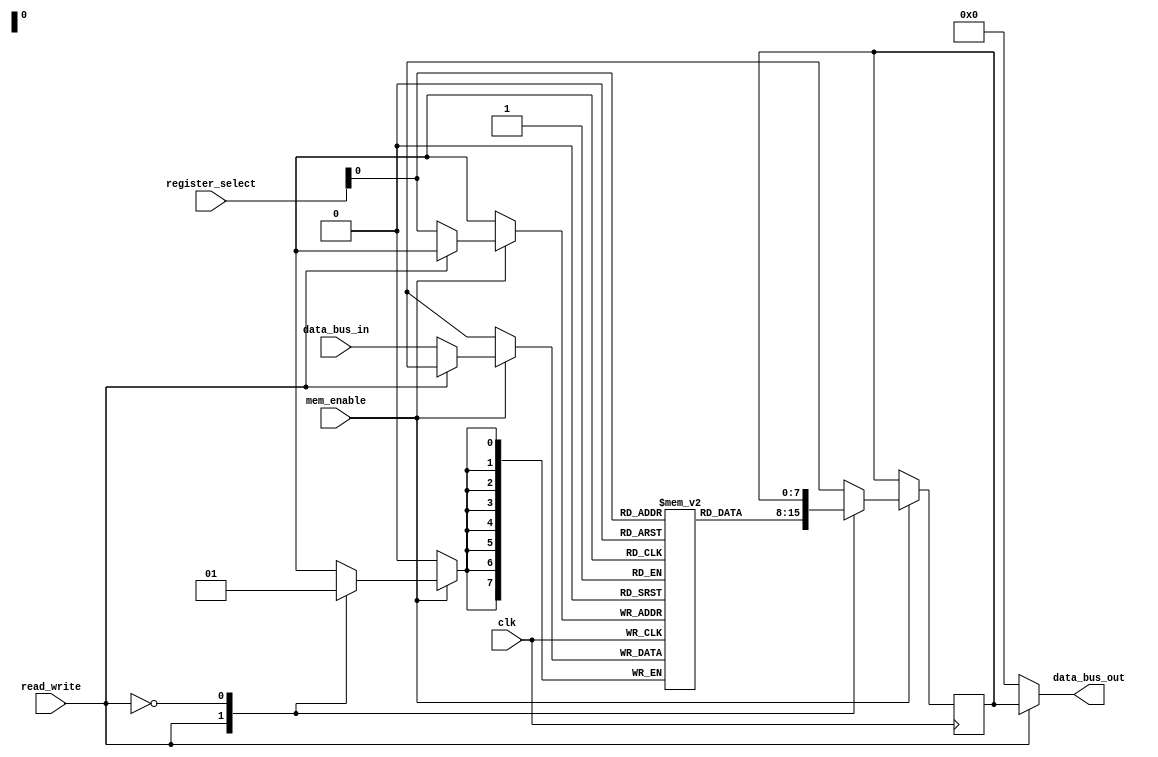
module registers(
    input wire [1:0] register_select,
    input clk,
    input mem_enable,
    input read_write,
    input wire [7:0] data_bus_in,
    output wire [7:0] data_bus_out
);



reg [7:0] register_array [1:0];
reg [7:0] temp_reg;

always @(posedge clk) begin
    if (mem_enable) begin
        case (read_write)
            1'b1: begin 
                temp_reg = register_array[register_select];     // read;

                $display("READ   - Address=%d, Register_contents: %d", register_select, register_array[register_select]);
            end
            1'b0: begin 
                register_array[register_select] = data_bus_in;     // write
                $display("WRITE   - Address=%d, Register_contents: %d", register_select, register_array[register_select]);
            end
            default: ;
        endcase
    end
end


assign data_bus_out = (read_write) ? temp_reg : 8'b0000_0000;



endmodule